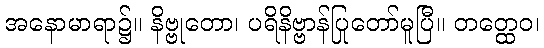
အနောမာရာ၌။ နိဗ္ဗုတော၊ ပရိနိဗ္ဗာန်ပြုတော်မူပြီ။ တတ္ထေဝ၊